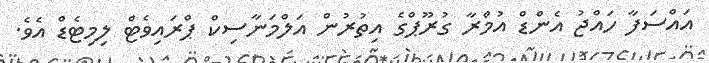
އައްސަފާ ހައްޖު އެންޑް އުމްރާ ގުރޫޕްގެ އިތުރުން އަލްމަނާސިކް ޕްރައިވެޓް ލިމިޓެޑް އެވެ.